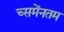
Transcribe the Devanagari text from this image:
च्समेंनतम